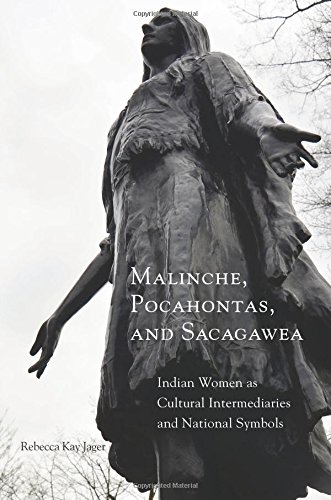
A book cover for Malinche, Pocahontas, and Sacagawea: Indian Women as Cultural Intermediaries and National Symbols; Rebecca K. Jager Ph.D.; Biographies & Memoirs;